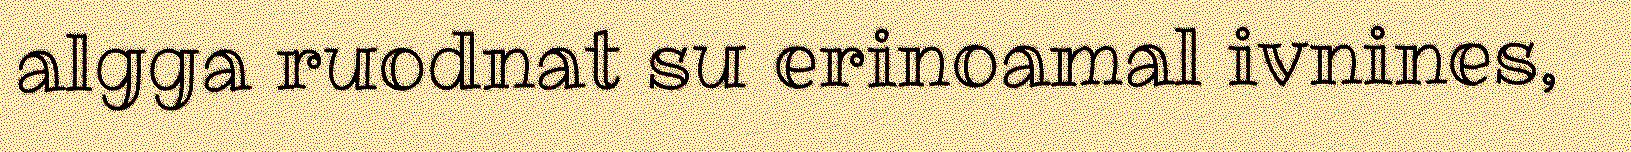
algga ruodnat su erinoamal ivnines,